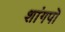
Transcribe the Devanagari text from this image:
शांगपॊ